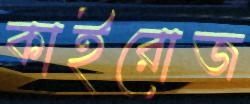
কাইরোজ